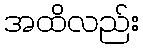
အထိလည်း